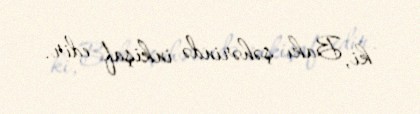
ki, Bakı şəhərində inkişaf edir.